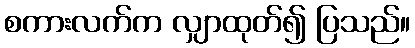
စကားလက်က လျှာထုတ်၍ ပြသည်။